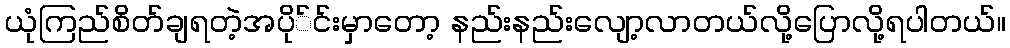
ယုံကြည်စိတ်ချရတဲ့အပို်င်းမှာတော့ နည်းနည်းလျော့လာတယ်လို့ပြောလို့ရပါတယ်။